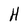
Character: H